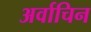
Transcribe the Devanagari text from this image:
अर्वाचिन